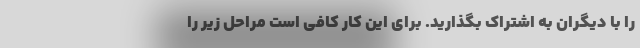
را با دیگران به اشتراک بگذارید. برای این کار کافی است مراحل زیر را